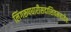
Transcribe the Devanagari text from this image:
लिंगरूपधारीसदाशिवमहादेव